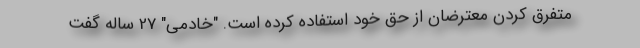
متفرق کردن معترضان از حق خود استفاده کرده است. "خادمی" 27 ساله گفت